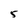
Character: 5